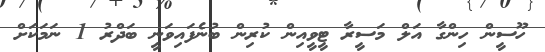
ހޫސީން ހިންގާ އަލް މަސީރާ ޓީވީއިން ކުރިިން ބުނެފައިވަނީ ބަދްރު 1 ނަމަކަށް